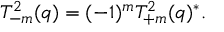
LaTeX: T _ { - m } ^ { 2 } ( q ) = ( - 1 ) ^ { m } T _ { + m } ^ { 2 } ( q ) ^ { * } .